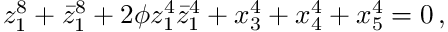
z _ { 1 } ^ { 8 } + \bar { z } _ { 1 } ^ { 8 } + 2 \phi z _ { 1 } ^ { 4 } \bar { z } _ { 1 } ^ { 4 } + x _ { 3 } ^ { 4 } + x _ { 4 } ^ { 4 } + x _ { 5 } ^ { 4 } = 0 \, ,